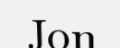
Jon